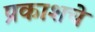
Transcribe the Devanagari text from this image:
प्रकाशचे